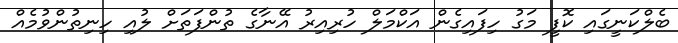
ބެލްކަނީގައި ކޮފީ މަގު ހިފައިގެން އަކްމަލް ހުރިއިރު އޭނާގެ ތުންފަތަށް ލުއި ހިނިތުންވުމެއް